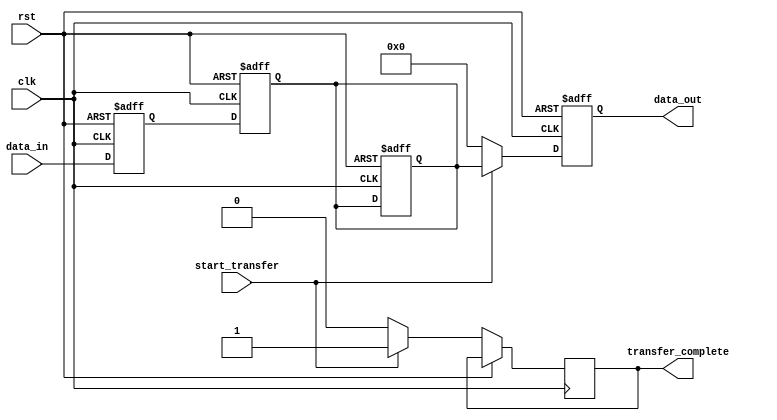
module EthernetController (
    input wire clk,
    input wire rst,
    input wire [7:0] data_in,
    output reg [7:0] data_out,
    input wire start_transfer,
    output wire transfer_complete
);

// Define internal signals and registers
reg [7:0] internal_data;
reg [7:0] sync_data;

// Clock generation block
always @ (posedge clk or posedge rst) begin
    if (rst) begin
        // Initialize internal signals
        internal_data <= 8'b0;
        sync_data <= 8'b0;
    end else begin
        internal_data <= data_in;
    end
end

// Data synchronization block
always @ (posedge clk or posedge rst) begin
    if (rst) begin
        sync_data <= 8'b0;
    end else begin
        sync_data <= internal_data;
    end
end

// Timing control block
always @ (posedge clk or posedge rst) begin
    if (rst) begin
        data_out <= 8'b0;
    end else begin
        if (start_transfer) begin
            // Perform data transfer operations here
            data_out <= sync_data;
            transfer_complete <= 1'b1;
        end else begin
            data_out <= 8'b0;
            transfer_complete <= 1'b0;
        end
    end
end

endmodule